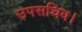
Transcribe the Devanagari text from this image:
उपसचिव।